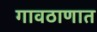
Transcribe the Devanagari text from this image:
गावठाणात